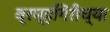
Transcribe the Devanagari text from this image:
ब्रम्हगिरीच्या